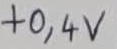
Text: +0,4V